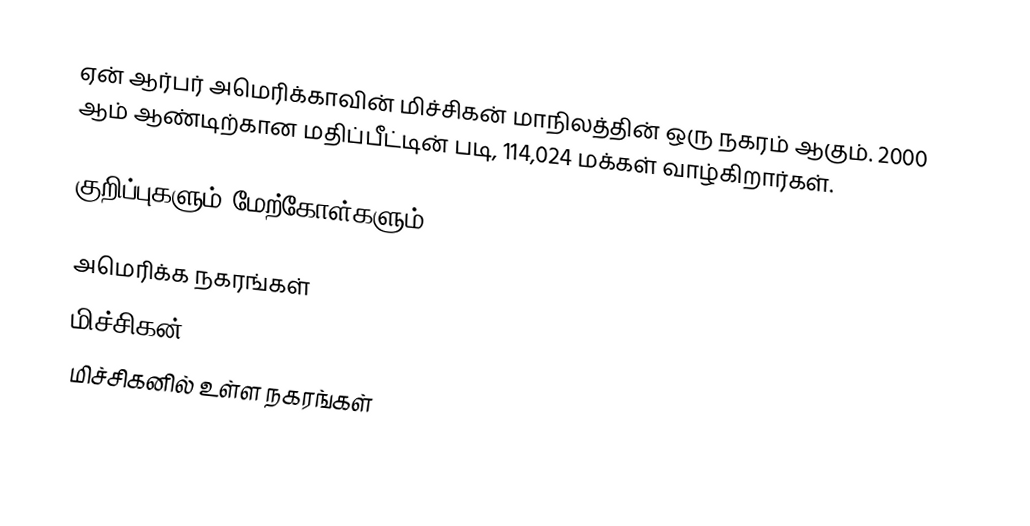
ஏன் ஆர்பர் அமெரிக்காவின் மிச்சிகன் மாநிலத்தின் ஒரு நகரம் ஆகும். 2000 ஆம் ஆண்டிற்கான மதிப்பீட்டின் படி, 114,024 மக்கள் வாழ்கிறார்கள்.

குறிப்புகளும் மேற்கோள்களும்

அமெரிக்க நகரங்கள்
மிச்சிகன்
மிச்சிகனில் உள்ள நகரங்கள்